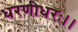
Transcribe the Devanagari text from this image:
धरणीधरः।।